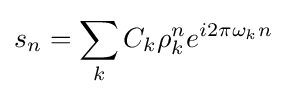
s_{n}=\sum _{k}C_{k}\rho _{k}^{n}e^{i2\pi \omega _{k}n}